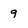
Character: 9